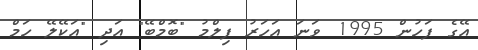
އޭގެ ފަހުން 1995 ވަނަ އަހަރު ފިލްމު "ބޮމްބޭ" އަދި "އަކޭލޭ ހަމް